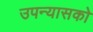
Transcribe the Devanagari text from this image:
उपन्यासको